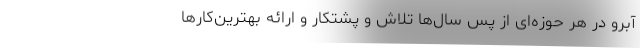
آبرو در هر حوزه‌ای از پس سال‌ها تلاش و پشتکار و ارائه بهترین‌کارها